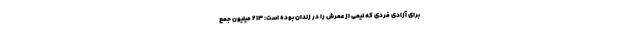
برای آزادی فردی که نیمی از عمرش را در زندان بوده است: 213 میلیون جمع